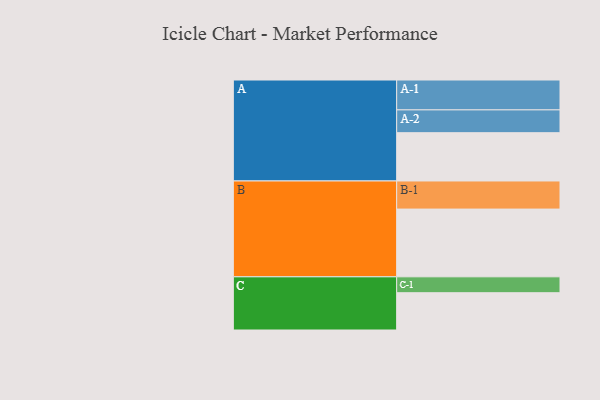
{"axis": {"x": "Segment", "y": "Value"}, "legend": ["", "A", "B", "C"], "data": [{"x": "A", "y": 404, "type": ""}, {"x": "B", "y": 567, "type": ""}, {"x": "C", "y": 312, "type": ""}, {"x": "A-1", "y": 250, "type": "A"}, {"x": "A-2", "y": 191, "type": "A"}, {"x": "B-1", "y": 235, "type": "B"}, {"x": "C-1", "y": 133, "type": "C"}]}